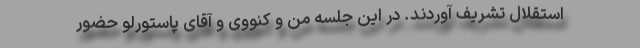
استقلال تشریف آوردند. در این جلسه من و کنووی و آقای پاستورلو حضور